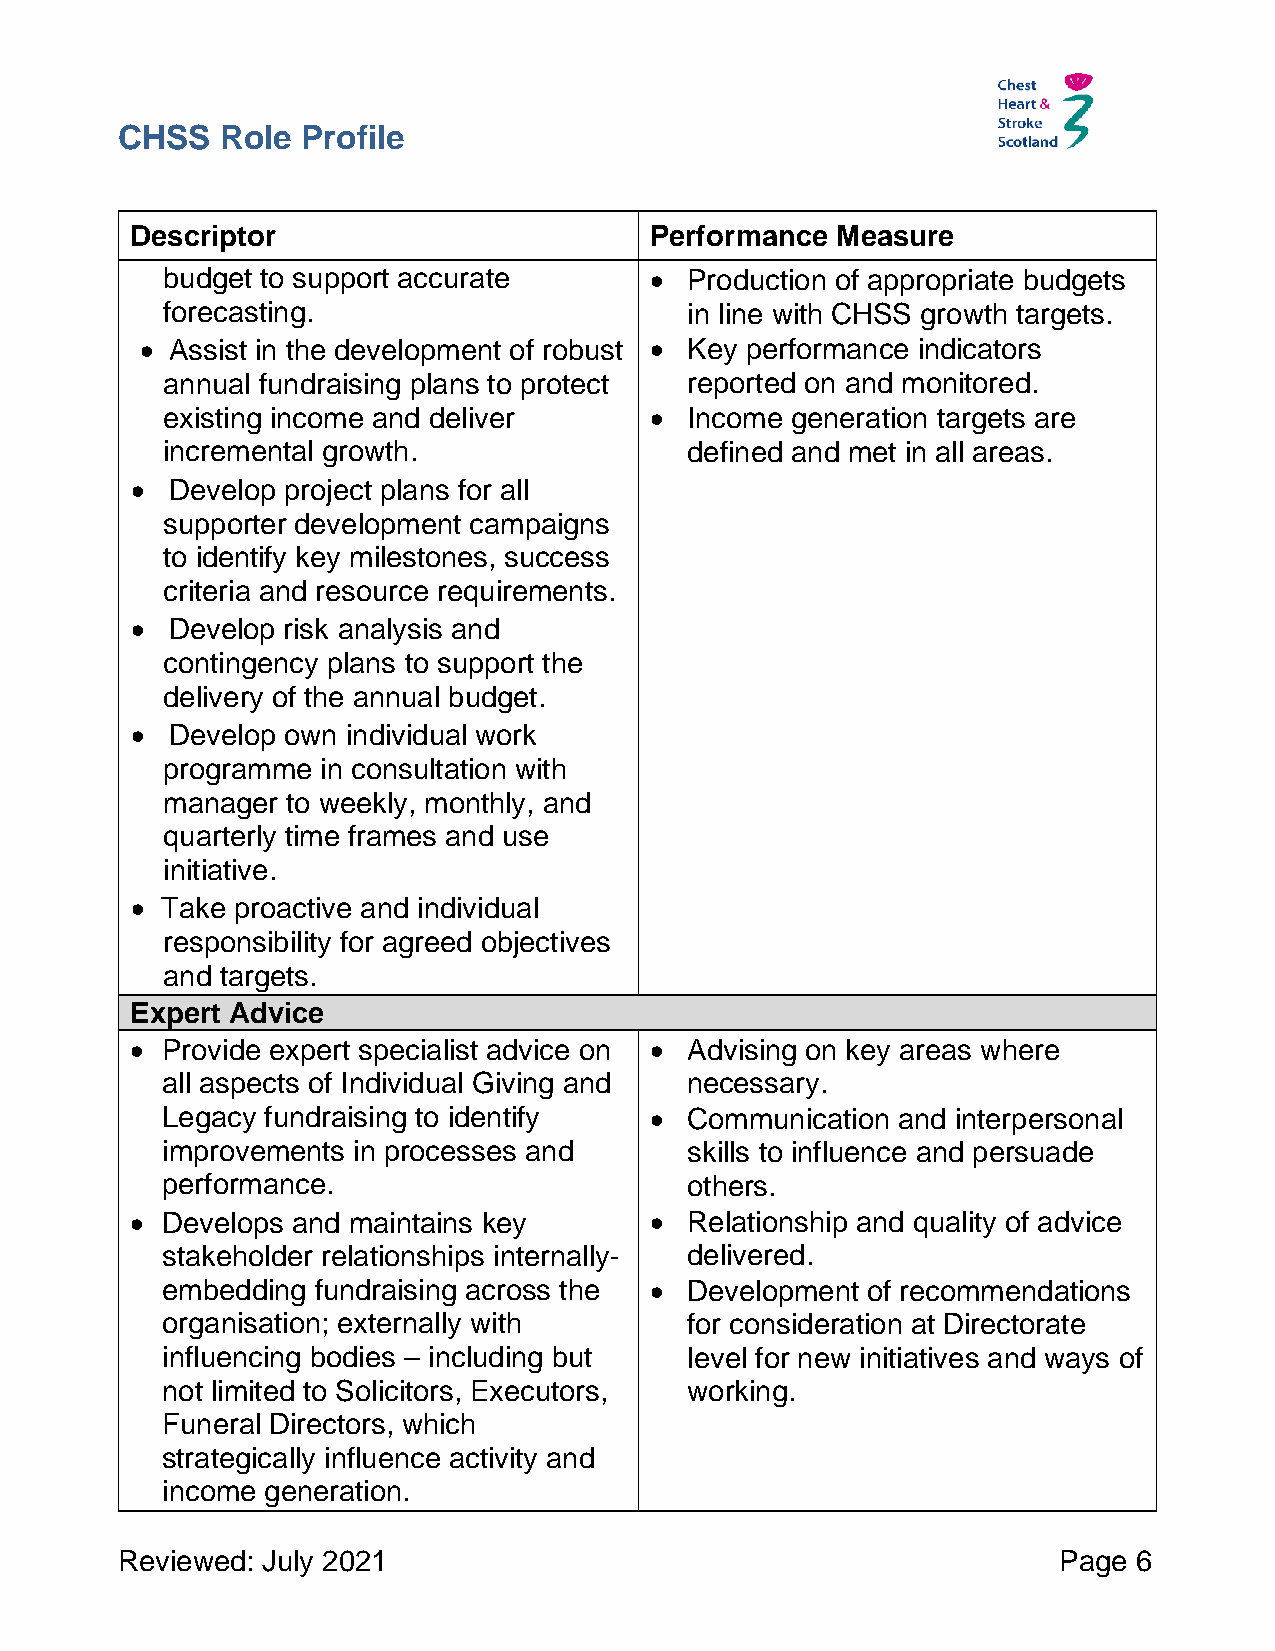
CHSS   Role Profile
 Descriptor                        Performance Measure
 budget to support accurate      • Production of appropriate budgets
 forecasting.                      in line with CHSS growth targets.
 • Assist in the development of robust • Key performance indicators
 annual fundraising plans to protect reported on and monitored.
 existing income and deliver     • Income generation targets are
 incremental growth.               defined and met in all areas.
 • Develop project plans for all
 supporter development campaigns
 to identify key milestones, success
 criteria and resource requirements.
 • Develop risk analysis and
 contingency plans to support the
 delivery of the annual budget.
 • Develop own individual work
 programme in consultation with
 manager to weekly, monthly, and
 quarterly time frames and use
 initiative.
 • Take proactive and individual
 responsibility for agreed objectives
 and targets.
 Expert Advice
 • Provide expert specialist advice on • Advising on key areas where
 all aspects of Individual Giving and necessary.
 Legacy fundraising to identify  • Communication and interpersonal
 improvements in processes and     skills to influence and persuade
 performance.                      others.
 • Develops and maintains key      • Relationship and quality of advice
 stakeholder relationships internally- delivered.
 embedding fundraising across the • Development of recommendations
 organisation; externally with     for consideration at Directorate
 influencing bodies – including but level for new initiatives and ways of
 not limited to Solicitors, Executors, working.
 Funeral Directors, which
 strategically influence activity and
 income generation.
 Reviewed: July 2021                                           Page 6